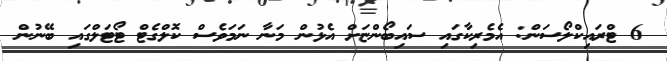
6 ޓްރައިކްލޯސަން: އެމެރިކާގައި ސައިބޯންޏަށް އެޅުން މަނާ ނަަމަވެސް ކޮލްގެޓް ޓޯޓަލްގައި ބޭނުން